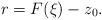
LaTeX: \begin{align*}r= F(\xi)-z_0.\end{align*}